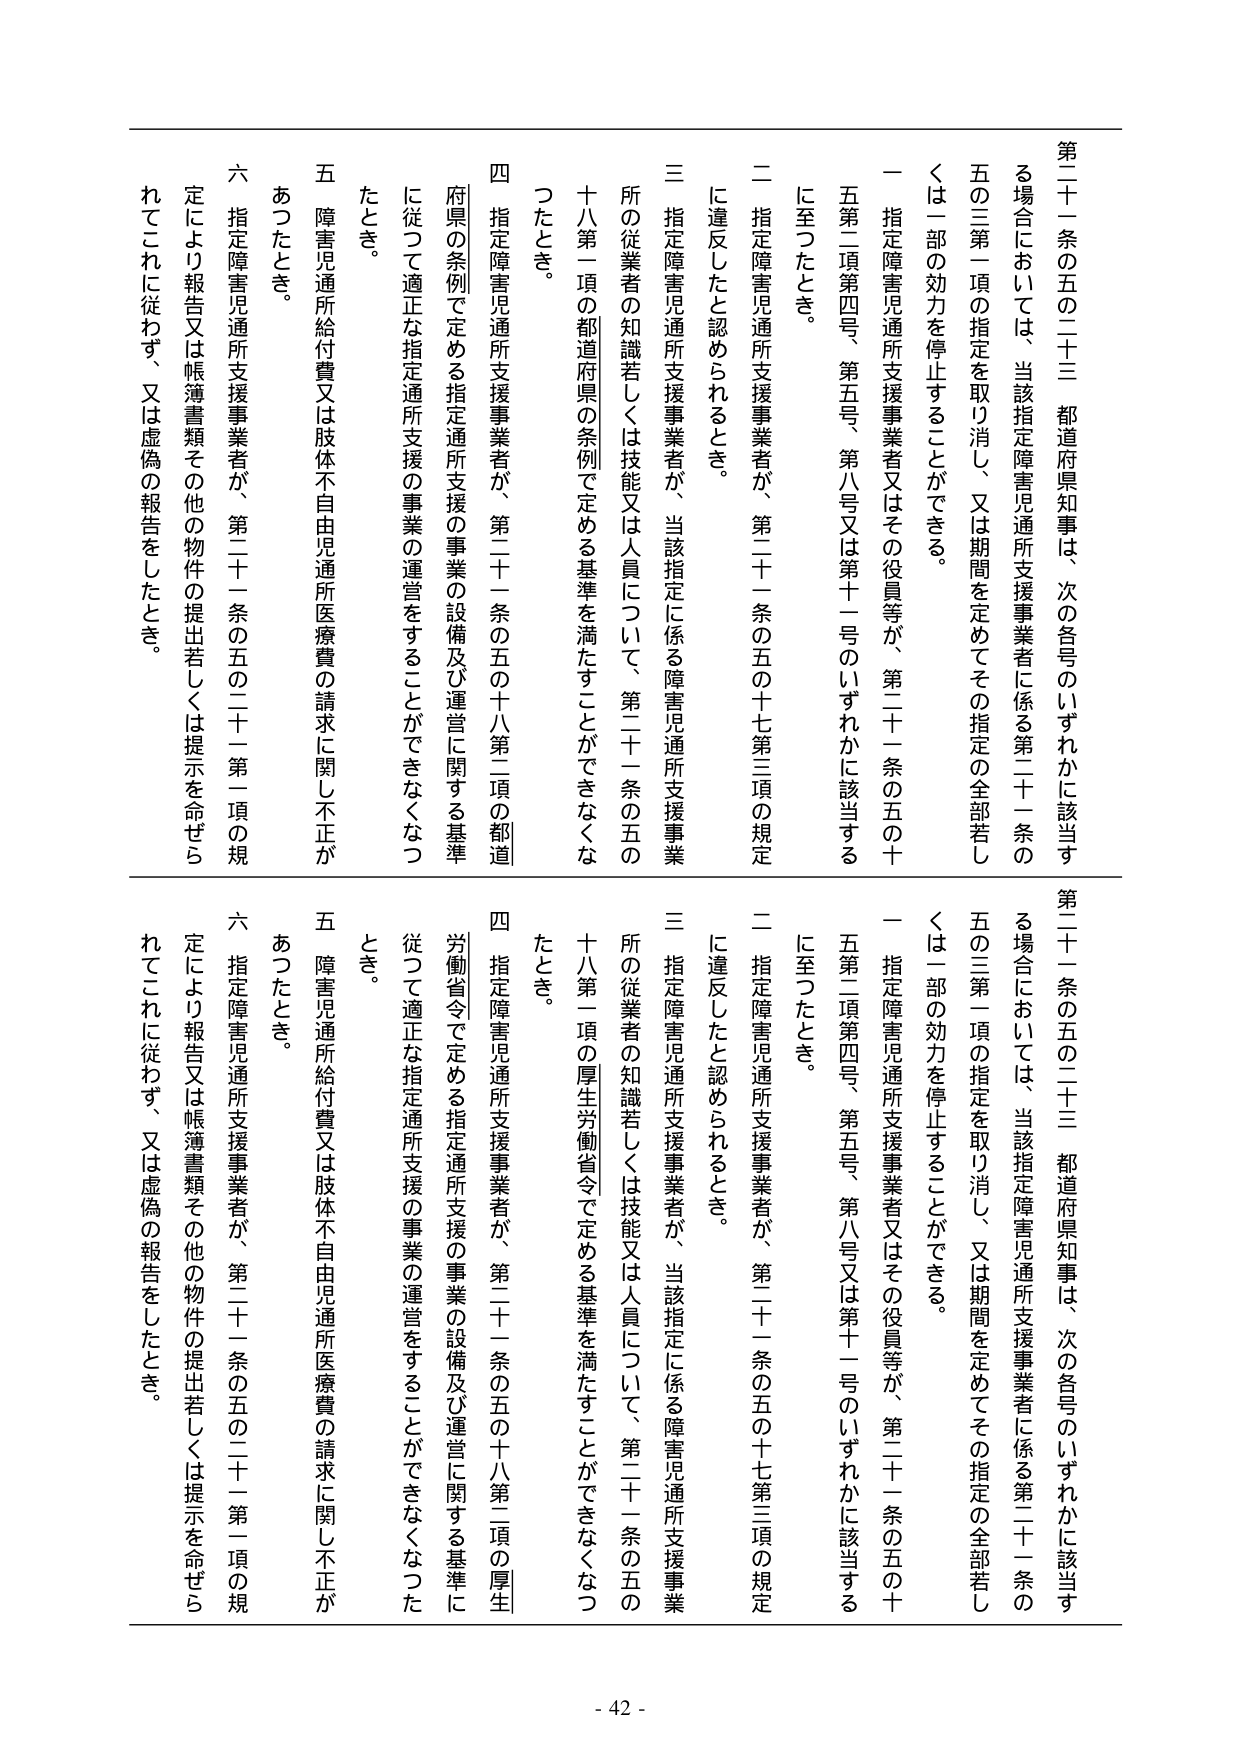
第二十一条の五の二十三 都道府県知事は、次の各号のいずれかに該当する場合においては、当該指定障害児通所支援事業者に係る第二十一条の五の三第一項の指定を取り消し、又は期間を定めてその指定の全部若しくは一部の効力を停止することができる。

一 指定障害児通所支援事業者又はその役員等が、第二十一条の五の十五第二項第四号、第五号、第八号又は第十一号のいずれかに該当するに至ったとき。

二 指定障害児通所支援事業者が、第二十一条の五の十七第三項の規定に違反したと認められるとき。

三 指定障害児通所支援事業者が、当該指定に係る障害児通所支援事業所の従業者の知識若しくは技能又は人員について、第二十一条の五の十八第一項の都道府県の条例で定める基準を満たすことができなくなったとき。

四 指定障害児通所支援事業者が、第二十一条の五の十八第二項の都道府県の条例で定める指定通所支援の事業の設備及び運営に関する基準に従って適正な指定通所支援の事業の運営をすることができなくなったとき。

五 障害児通所給付費又は肢体不自由児通所医療費の請求に関して不正があったとき。

六 指定障害児通所支援事業者が、第二十一条の五の二十一第一項の規定により報告又は帳簿書類その他の物件の提出若しくは提示を命ぜられてこれに従わず、又は虚偽の報告をしたとき。

第二十一条の五の二十三 都道府県知事は、次の各号のいずれかに該当する場合においては、当該指定障害児通所支援事業者に係る第二十一条の五の三第一項の指定を取り消し、又は期間を定めてその指定の全部若しくは一部の効力を停止することができる。

一 指定障害児通所支援事業者又はその役員等が、第二十一条の五の十五第二項第四号、第五号、第八号又は第十一号のいずれかに該当するに至ったとき。

二 指定障害児通所支援事業者が、第二十一条の五の十七第三項の規定に違反したと認められるとき。

三 指定障害児通所支援事業者が、当該指定に係る障害児通所支援事業所の従業者の知識若しくは技能又は人員について、第二十一条の五の十八第一項の厚生労働省令で定める基準を満たすことができなくなったとき。

四 指定障害児通所支援事業者が、第二十一条の五の十八第二項の厚生労働省令で定める指定通所支援の事業の設備及び運営に関する基準に従って適正な指定通所支援の事業の運営をすることができなくなったとき。

五 障害児通所給付費又は肢体不自由児通所医療費の請求に関して不正があったとき。

六 指定障害児通所支援事業者が、第二十一条の五の二十一第一項の規定により報告又は帳簿書類その他の物件の提出若しくは提示を命ぜられてこれに従わず、又は虚偽の報告をしたとき。

- 42 -